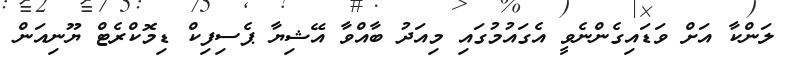
ލަންކާ އަށް ވަޑައިގެންނެވީ އެގައުމުގައި މިއަދު ބާއްވާ އޭޝިޔާ ޕެސިފިކް ޑިމޮކްރެޓް ޔޫނިއަން